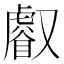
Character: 𠮏